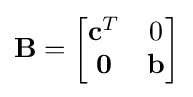
\mathbf {B} ={\begin{bmatrix}\mathbf {c} ^{T}&0\\\mathbf {0} &\mathbf {b} \\\end{bmatrix}}